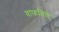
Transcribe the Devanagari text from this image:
वाफविणे